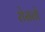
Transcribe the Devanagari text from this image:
रोसतो